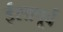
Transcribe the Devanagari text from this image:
ईसापू्र्व